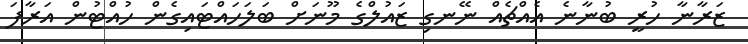
ޒަރާނާ ހުރީ ބުނާނެ އެއްޗެއް ނޭނގި ޒައުލްގެ މޫނަށް ބަލަހައްޓައިގެން ހުއްޓުން އަރާފަ